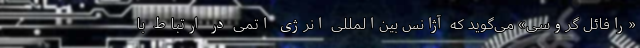
«رافائل گروسی» می‌گوید که آژانس بین‌المللی انرژی اتمی در ارتباط با